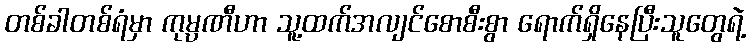
တစ်ခါတစ်ရံမှာ ကုမ္ပဏီဟာ သူ့ထက်အလျင်စောစီးစွာ ရောက်ရှိနေပြီးသူတွေရဲ့